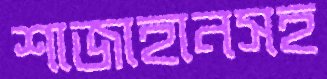
শাজাহানসহ